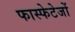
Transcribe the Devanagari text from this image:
फास्फेटेजों